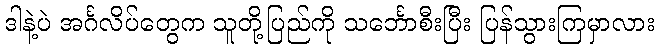
ဒါနဲ့ပဲ အင်္ဂလိပ်တွေက သူတို့ပြည်ကို သင်္ဘောစီးပြီး ပြန်သွားကြမှာလား